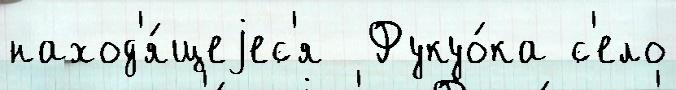
наход'я́щеjес'я  Фукуо́ка с'ело